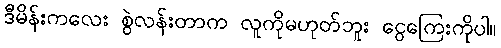
ဒီမိန်းကလေး စွဲလန်းတာက လူကိုမဟုတ်ဘူး ငွေကြေးကိုပါ။